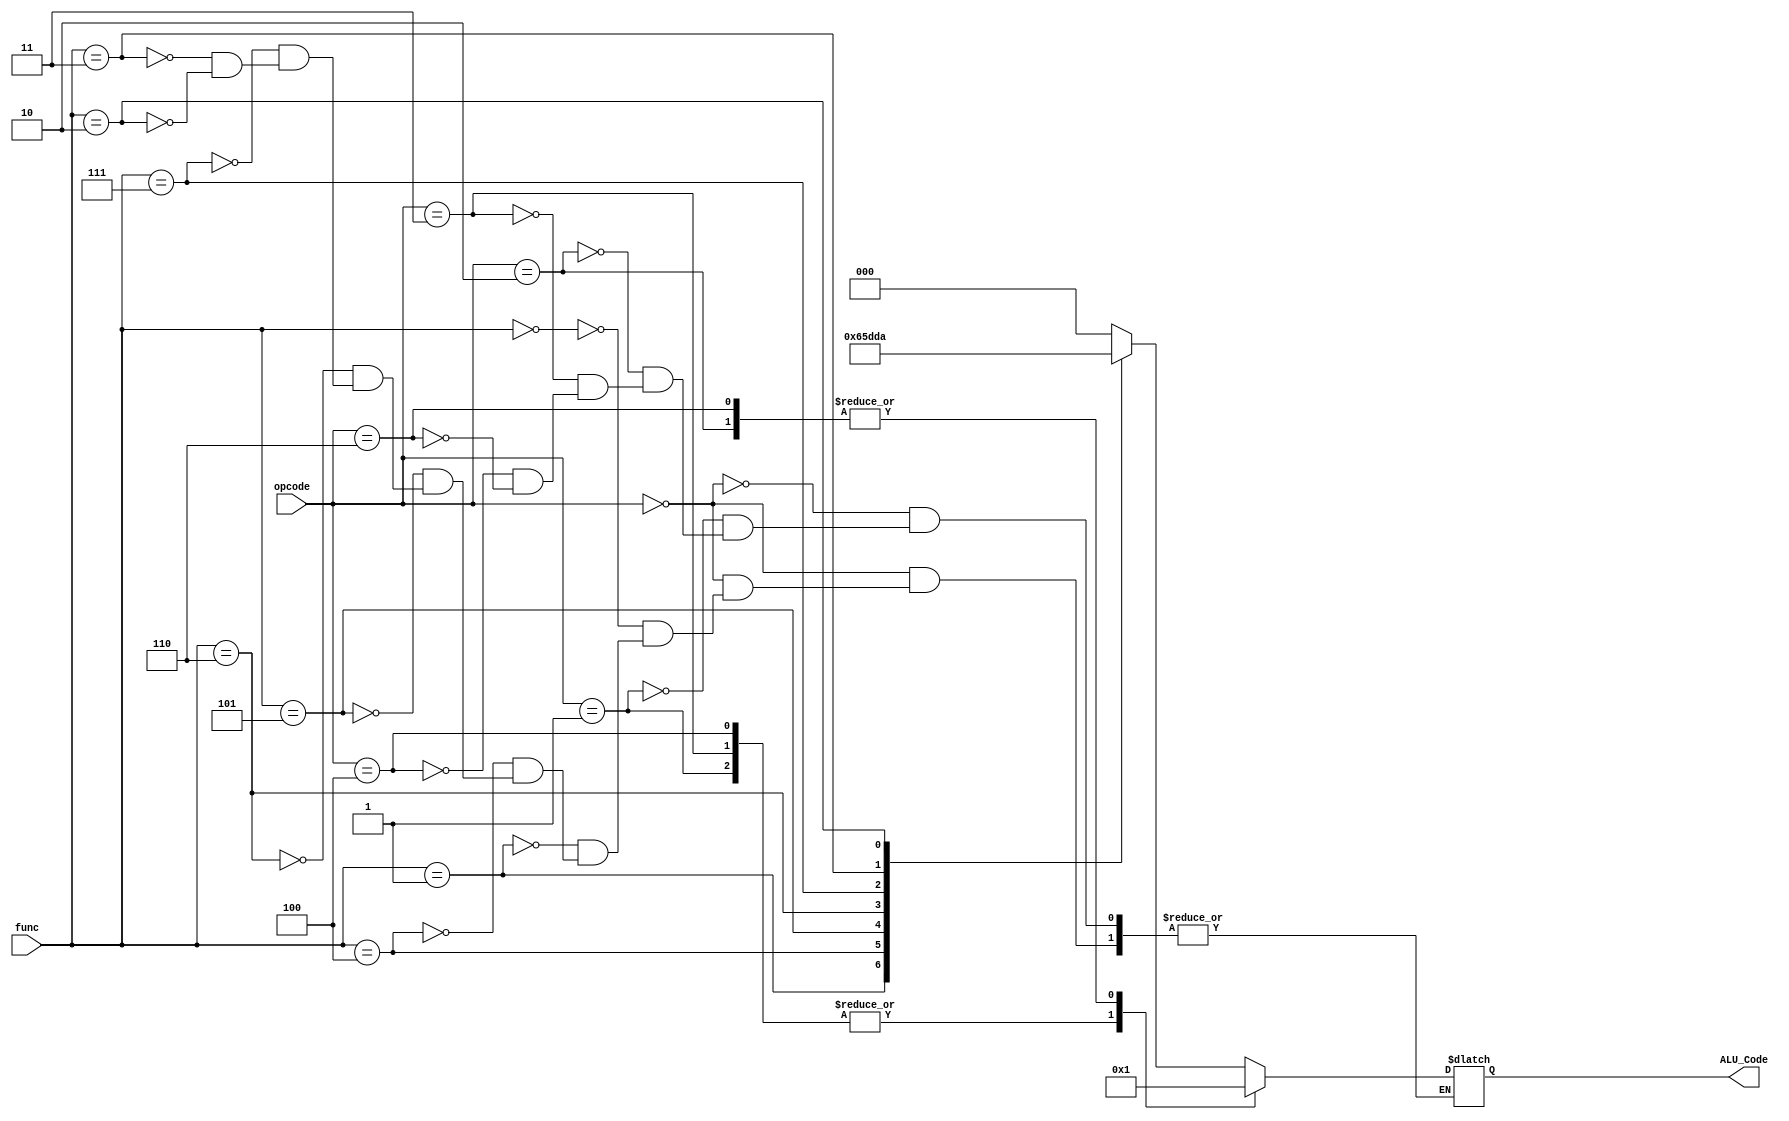
module aluctrl(
    input [2:0] opcode,
    input [3:0] func,
    output reg [2:0] ALU_Code
    );

always@(*)
begin 
    case(opcode)
    3'b000:
    begin    
    case(func)
    4'b0000: ALU_Code = 3'b000; //add
    4'b0001: ALU_Code = 3'b001; //sub
    4'b0100: ALU_Code = 3'b100; //and
    4'b0101: ALU_Code = 3'b101; //or
    4'b0110: ALU_Code = 3'b110; //not 
    4'b0111: ALU_Code = 3'b111; //xor
    4'b0011: ALU_Code = 3'b011; //slt
    4'b0010: ALU_Code = 3'b010; //lsl

    endcase 
    end
    3'b001: ALU_Code = 3'b000; //addi
    3'b010: ALU_Code = 3'b001; //subi
    3'b011: ALU_Code = 3'b000; //st
    3'b100: ALU_Code = 3'b000; //ld
    3'b110: ALU_Code = 3'b001; //beq
    endcase

end

endmodule